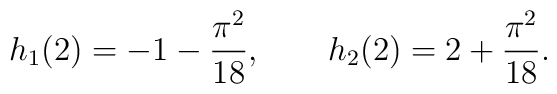
h_1(2) = -1 - {\pi^2\over18}, \qquad h_2(2) = 2 + {\pi^2\over18}.